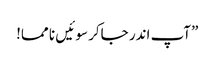
”آپ اندر جاکر سو ئیں نا مما!